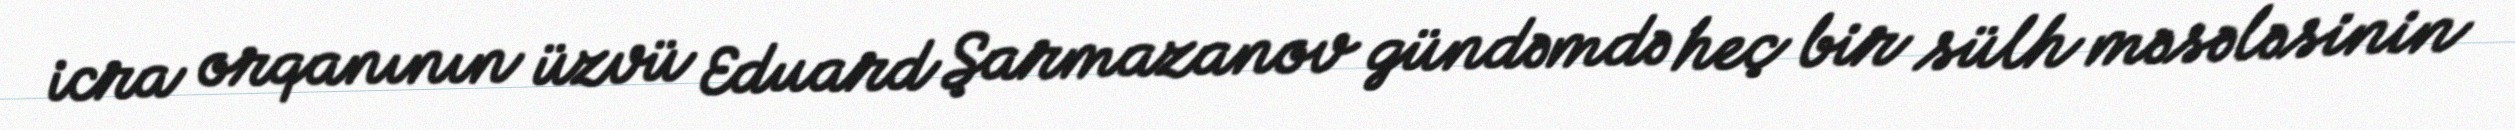
icra orqanının üzvü Eduard Şarmazanov gündəmdə heç bir sülh məsələsinin